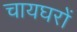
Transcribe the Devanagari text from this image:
चायघरों